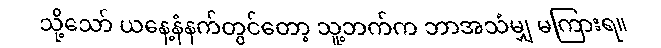
သို့သော် ယနေ့နံနက်တွင်တော့ သူ့ဘက်က ဘာအသံမျှ မကြားရ။